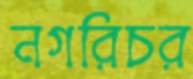
নগরিচর